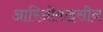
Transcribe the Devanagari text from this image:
आरिओमाइसीन